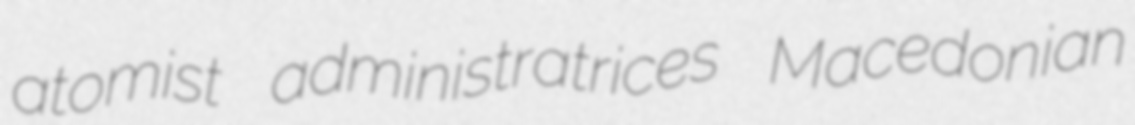
atomist administratrices Macedonian